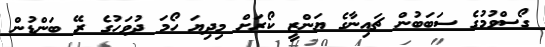
ގޯސްވުމުގެ ސަބަބުން ޗައިނާގެ ޔަންޒީ ކޯރަށް މިދިޔަ ހޯމަ ދުވަހުގެ ރޭ ބަންޑުން